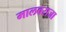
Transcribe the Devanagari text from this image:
मालवराजा